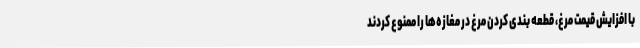
با افزایش قیمت مرغ، قطعه بندی کردن مرغ در مغازه‌ها را ممنوع کردند